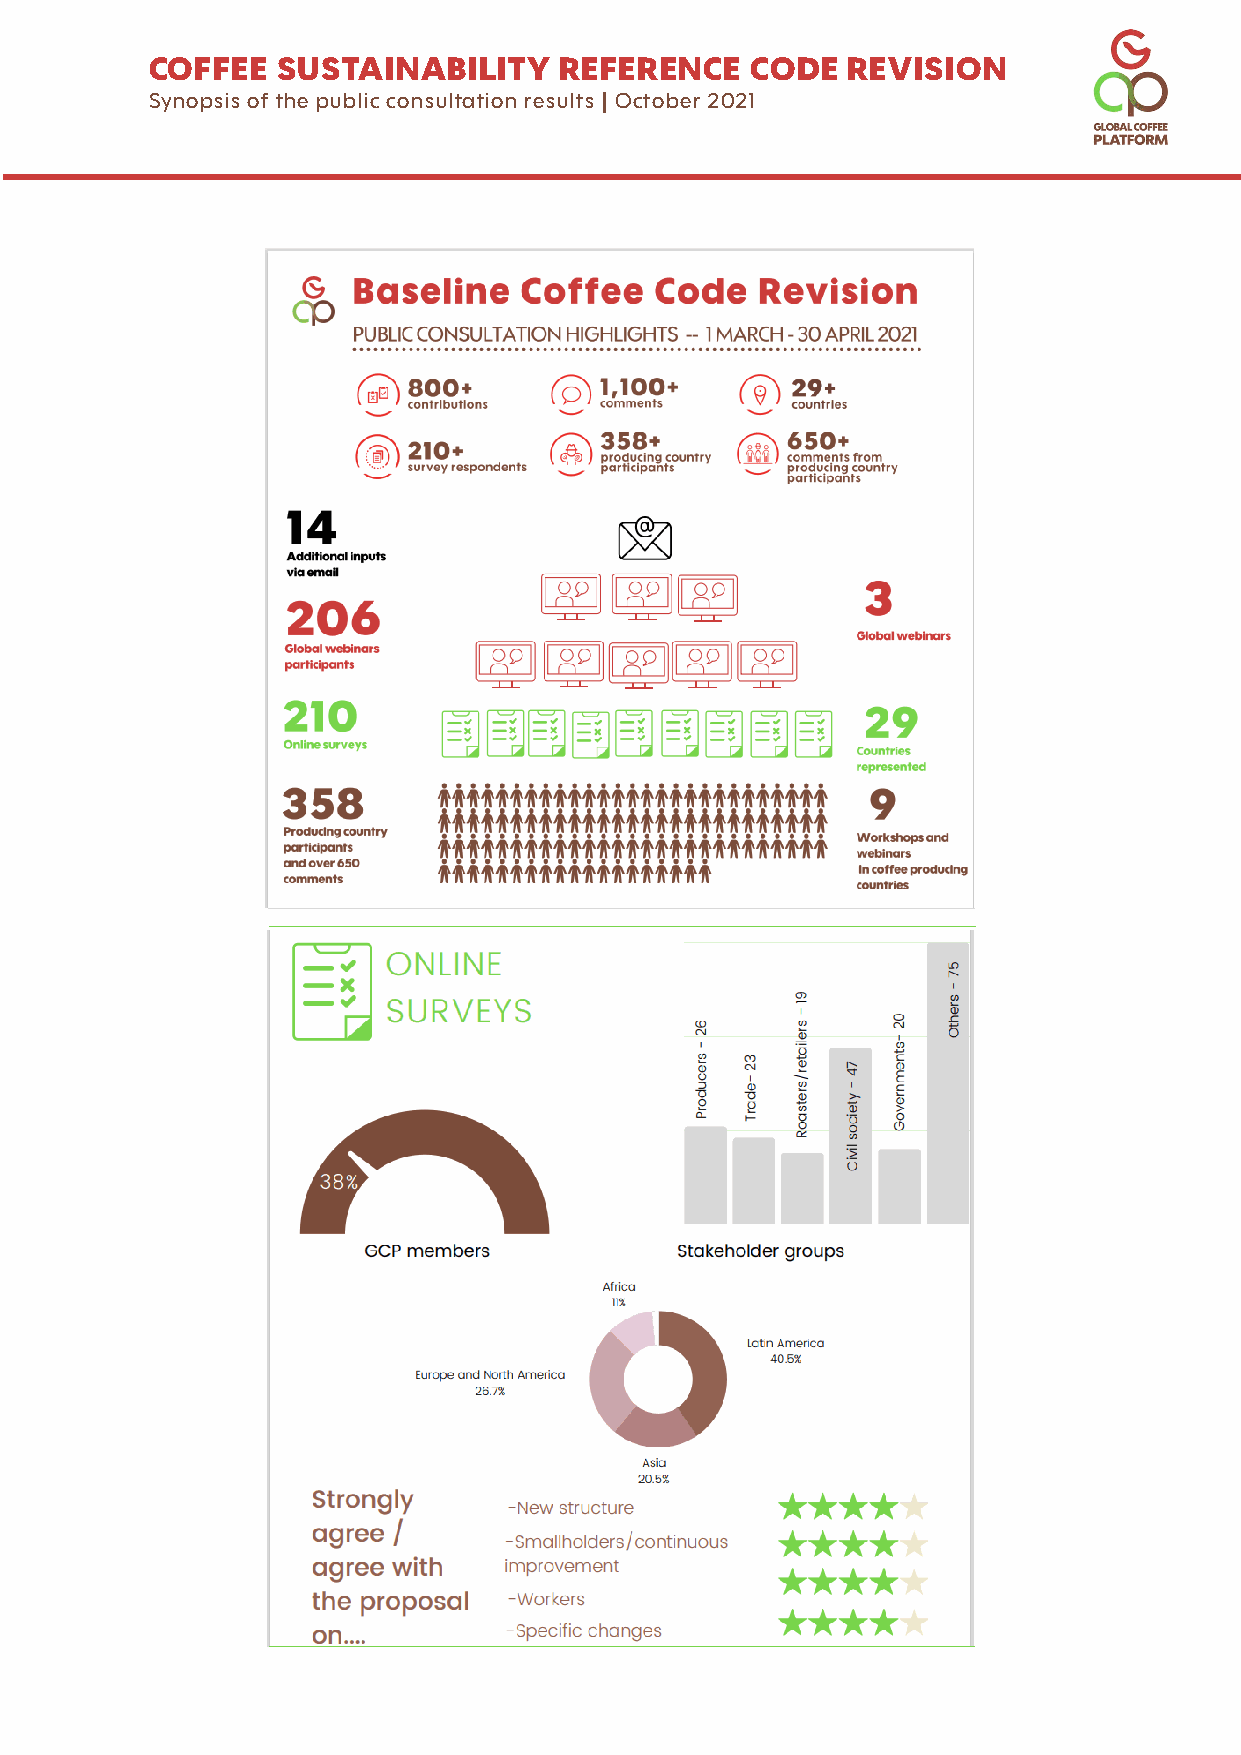
COFFEE  SUSTAINABILITY     REFERENCE    CODE  REVISION
 Synopsis of the public consultation results | October 2021